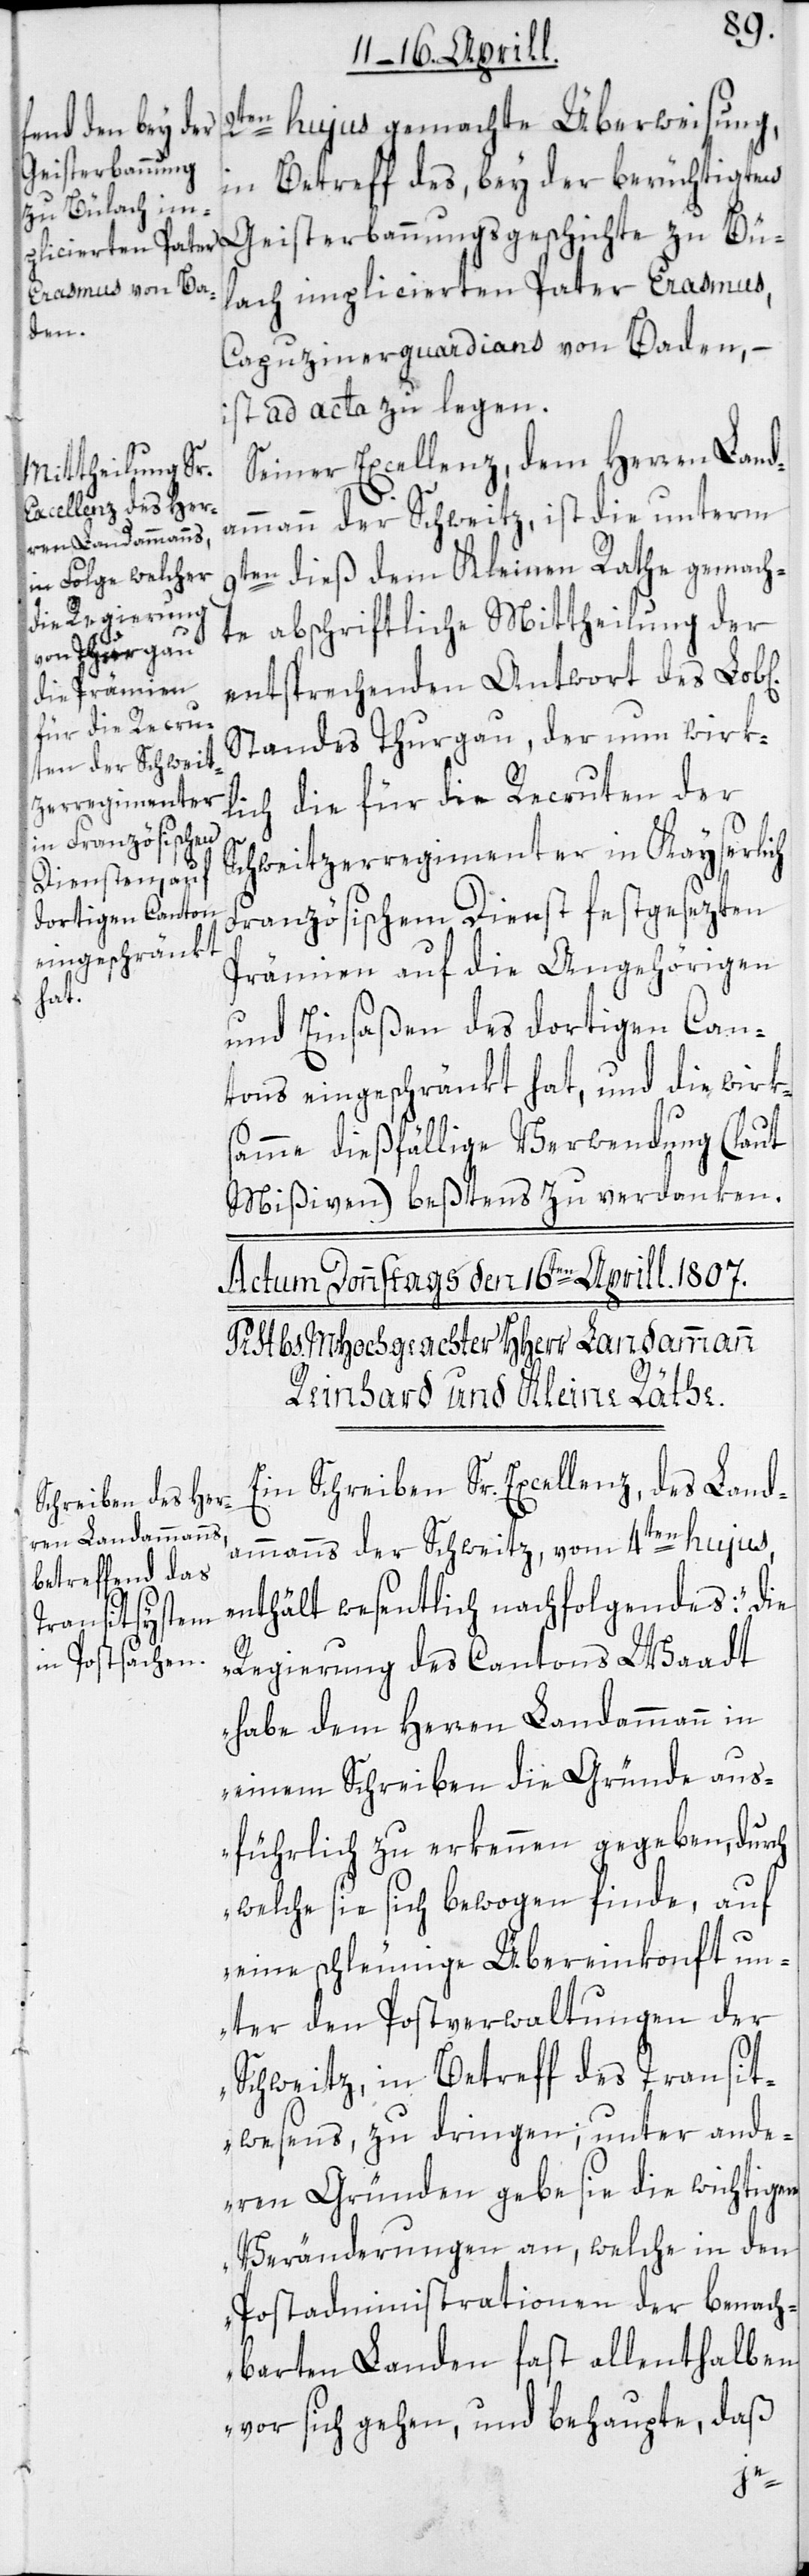
2ten hujus gemachte Überweisung,
in Betreff des, bey der berüchtigten
Geisterbannungsgeschichte zu Bül¬
ach implicierten Pater Erasmus,
Capuzinerguardians von Baden, –
ist ad acta zu legen.
Seiner Excellenz, dem Herren Land¬
ammann der Schweitz, ist die unterm
9ten dieß dem Kleinen Rathe gemach¬
te abschriftliche Mittheilung der
entsprechenden Antwort des Lob[l¬
Standes Thurgau, der nun wirk¬
lich die für die Recruten der
Schweitzerregimenter in Kayserlich
Französischem Dienst festgesezten
Prämien auf die Angehörigen
und Einsaßen des dortigen Can¬
tons eingeschränkt hat, und die wirk¬
samme dießfällige Verwendung (laut
Mißiven) beßtens zu verdanken.
Ein Schreiben Sr. Excellenz, des Land¬
ammanns der Schweitz, vom 4ten hujus,
enthält wesentlich nachfolgendes: „Die
Regierung des Cantons Waadt
habe dem Herren Landammann in
einem Schreiben die Gründe aus¬
führlich zu erkennen gegeben, durch
welche sie sich bewogen finde, auf
eine schleunige Übereinkonft un¬
ter den Postverwaltungen der
Schweitz, in Betreff des Transit¬
wesens, zu dringen; unter ande¬
ren Gründen gebe sie die wichtigen
Veränderungen an, welche in den
Postadministrationen der benach¬
barten Landen fast allenthalben
vor sich gehen, und behaupte, daß
ichen]